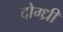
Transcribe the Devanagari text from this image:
दोग्ध्री